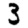
Digit: 3